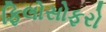
ફિલોસોફરો